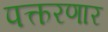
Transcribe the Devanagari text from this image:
पत्करणार